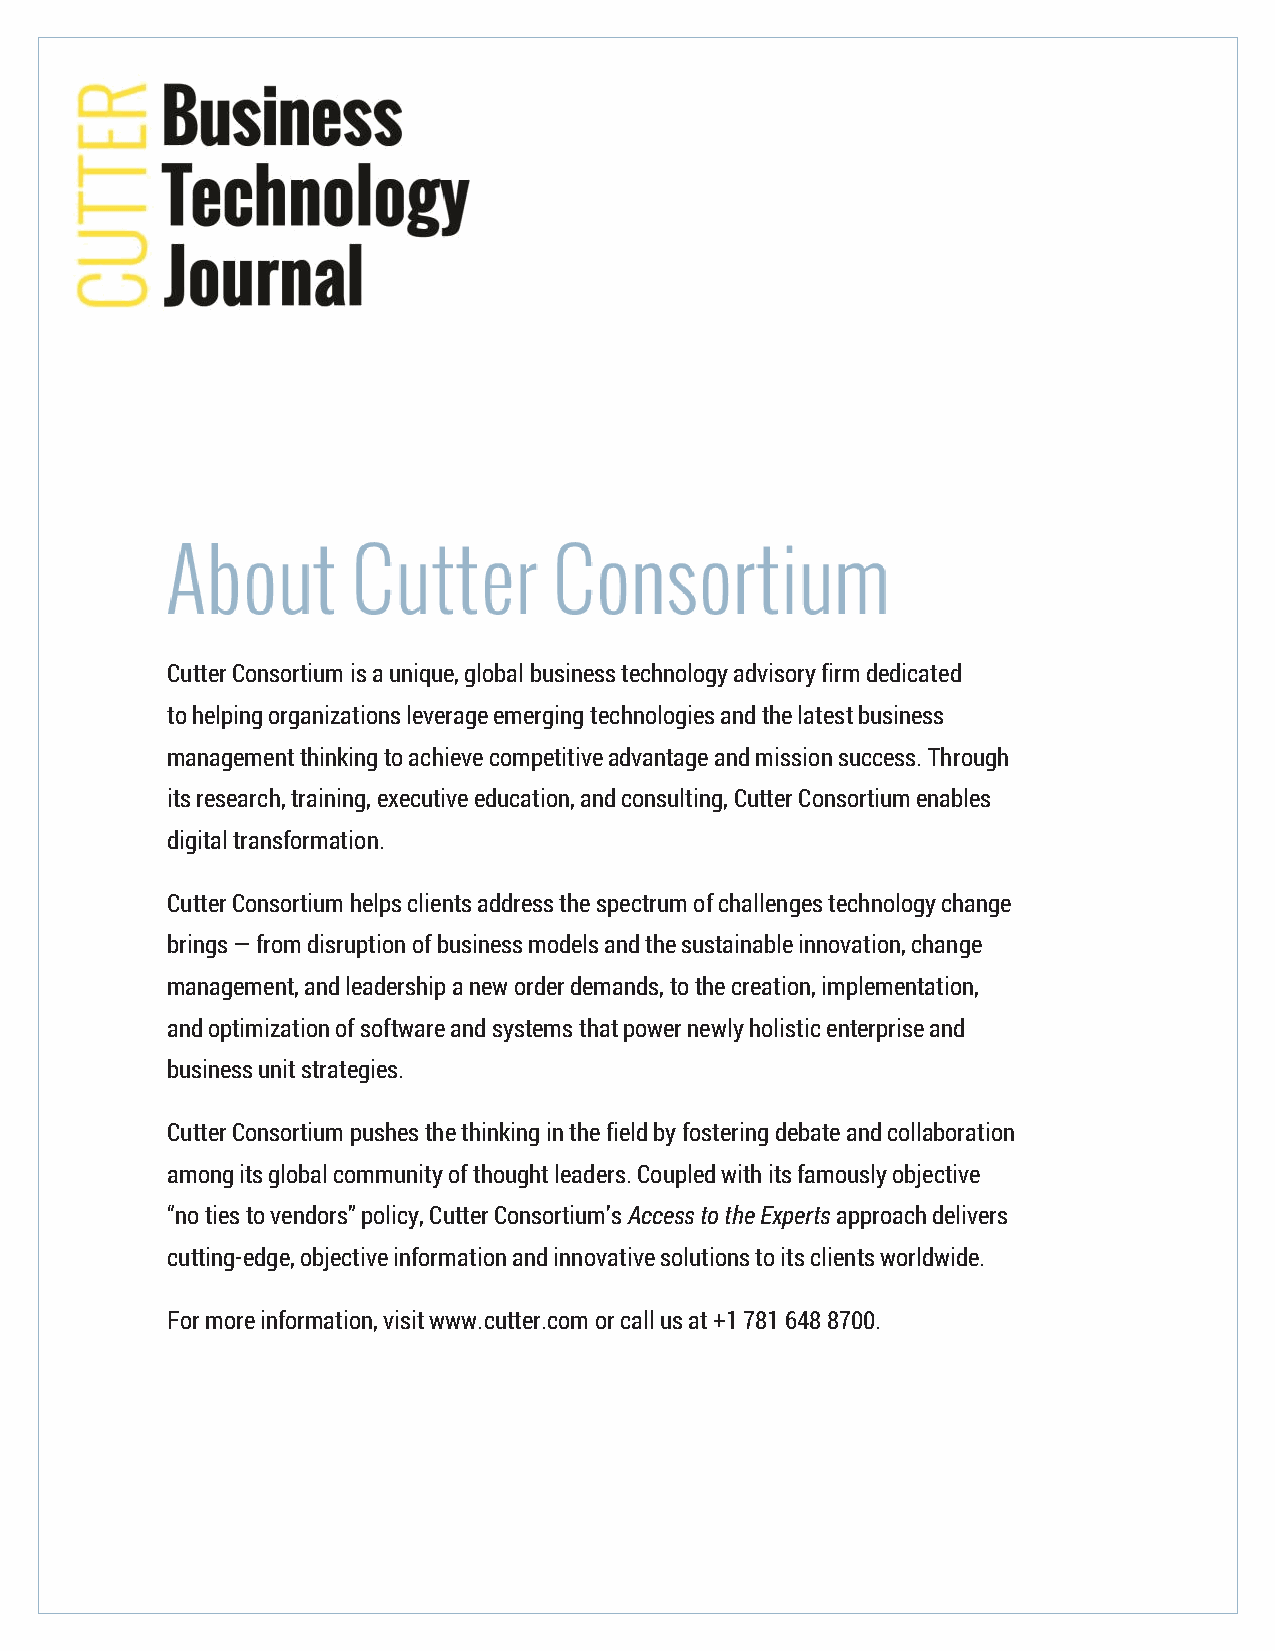
Cutter Consortium is a unique, global business technology advisory firm dedicated
 to helping organizations leverage emerging technologies and the latest business
 management thinking to achieve competitive advantage and mission success. Through
 its research, training, executive education, and consulting, Cutter Consortium enables
 digital transformation.
 Cutter Consortium helps clients address the spectrum of challenges technology change
 brings — from disruption of business models and the sustainable innovation, change
 management, and leadership a new order demands, to the creation, implementation,
 and optimization of software and systems that power newly holistic enterprise and
 business unit strategies.
 Cutter Consortium pushes the thinking in the field by fostering debate and collaboration
 among its global community of thought leaders. Coupled with its famously objective
 “no ties to vendors” policy, Cutter Consortium’s Access to the Experts approach delivers
 cutting-edge, objective information and innovative solutions to its clients worldwide.
 For more information, visit www.cutter.com or call us at +1 781 648 8700.